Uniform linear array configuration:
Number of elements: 48
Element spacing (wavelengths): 0.5
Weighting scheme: binomial
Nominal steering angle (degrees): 60
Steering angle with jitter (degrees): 58.784
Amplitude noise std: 0.05
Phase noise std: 0.05

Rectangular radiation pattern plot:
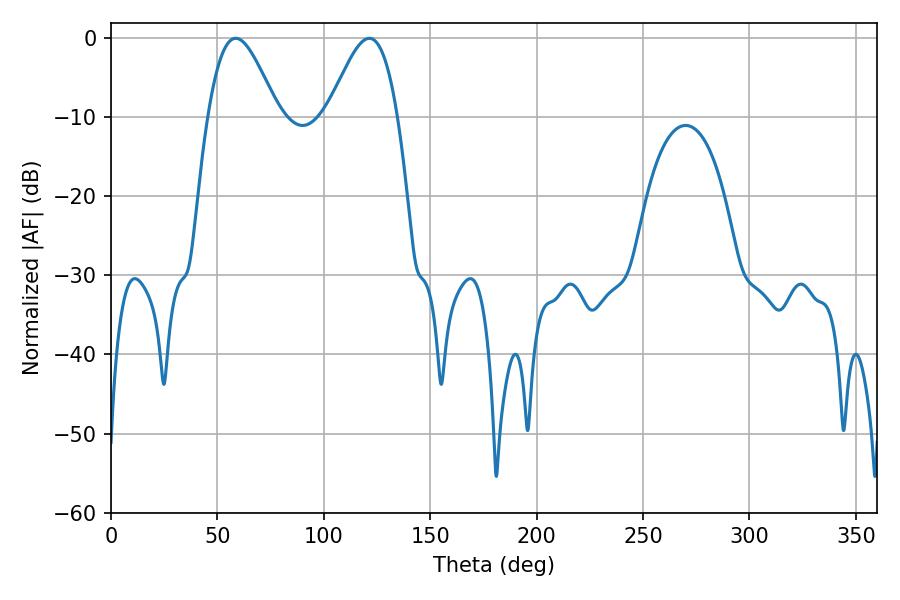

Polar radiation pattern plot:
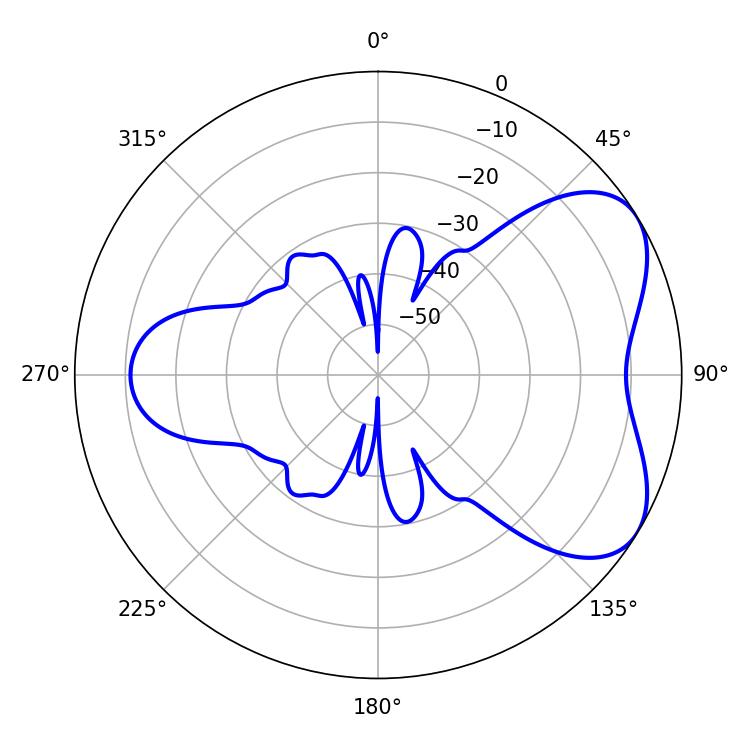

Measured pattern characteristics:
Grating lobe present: FALSE
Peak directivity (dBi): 5.42
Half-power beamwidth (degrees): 17.46
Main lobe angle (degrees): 58.68